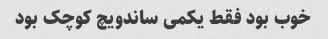
خوب بود فقط یکمی ساندویچ کوچک بود